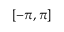
[ - \pi , \pi ]